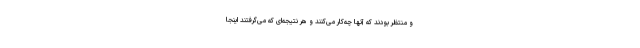
و منتظر بودند که آنها چه‌کار می‌کنند و هر نتیجه‌ای که می‌گرفتند اینجا